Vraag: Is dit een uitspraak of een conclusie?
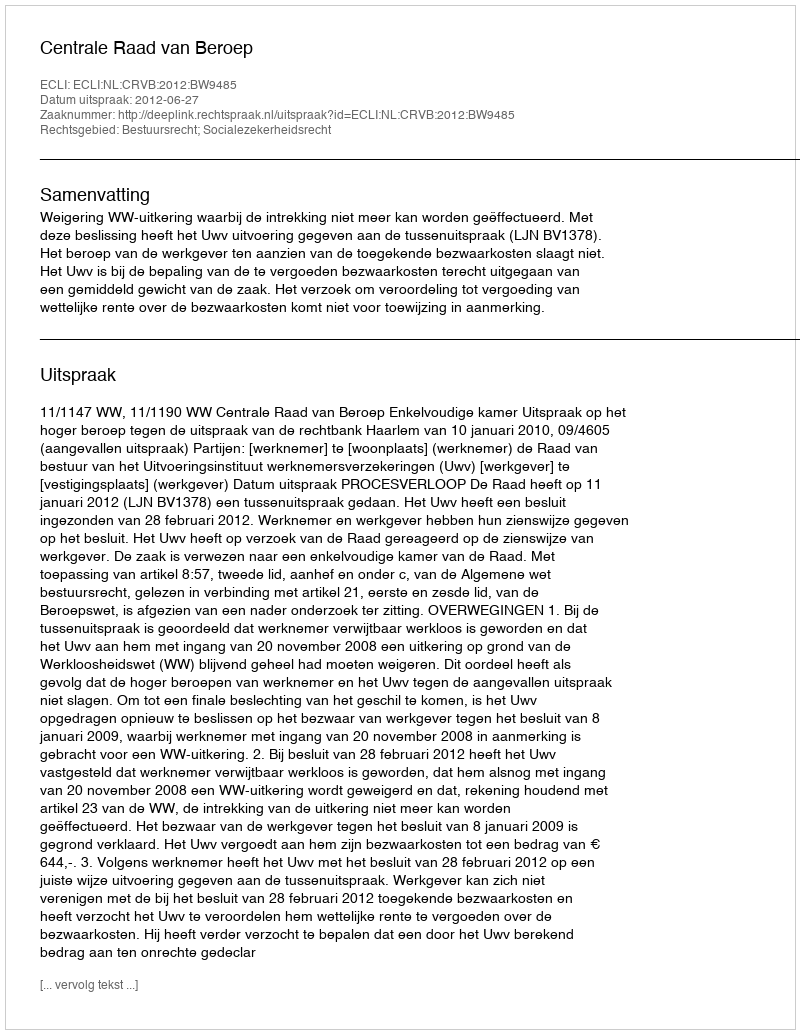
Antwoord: Uitspraak